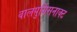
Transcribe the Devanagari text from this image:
वालपुर्गिसनाक्ट